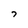
Character: 7